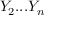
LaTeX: Y _ { 2 } . . . Y _ { n }